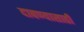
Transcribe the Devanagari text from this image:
दाबण्यासाठी